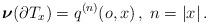
LaTeX: \begin{align*}\boldsymbol{\nu}(\partial T_x) = q^{(n)}(o,x)\,,\; n = |x|\,.\end{align*}